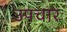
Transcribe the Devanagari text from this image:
उपचारः